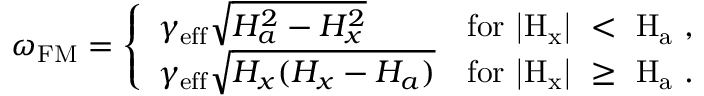
\omega _ { \mathrm { F M } } = \left\{ \begin{array} { l l } { \gamma _ { \mathrm { e f f } } \sqrt { H _ { a } ^ { 2 } - H _ { x } ^ { 2 } } } & { \mathrm { f o r ~ | { H _ x } | ~ < ~ H _ a ~ , } } \\ { \gamma _ { \mathrm { e f f } } \sqrt { H _ { x } ( H _ { x } - H _ { a } ) } } & { \mathrm { f o r ~ | { H _ x } | ~ \geq ~ H _ a ~ . } } \end{array} \right.